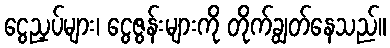
ငွေညှပ်များ၊ ငွေဇွန်းများကို တိုက်ချွတ်နေသည်။